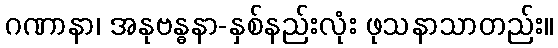
ဂဏာနာ၊ အနုဗန္ဓနာ-နှစ်နည်းလုံး ဖုသနာသာတည်း။